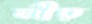
লীঢ়